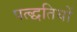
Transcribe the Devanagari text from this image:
पत्द्धतियों